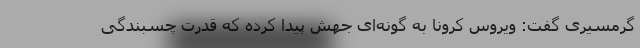
گرمسیری گفت: ویروس کرونا به گونه‌ای جهش پیدا کرده که قدرت چسبندگی